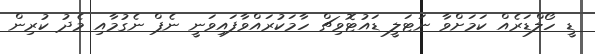
ޑީ ހޯލްޑަރެއް ކަމަށްވާ ނަޓަލީ ޑައުޓޮވިޗް ހާމަކުރައްވާފައިވަނީ ނެޕް ނެގުމާއި މެދު ކުރިން